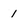
Character: 1